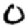
Digit: 0